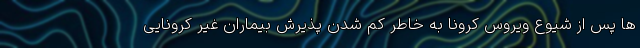
ها پس از شیوع ویروس کرونا به خاطر کم شدن پذیرش بیماران غیر کرونایی